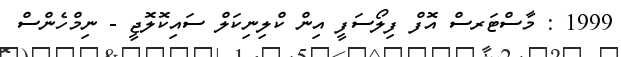
1999 : މާސްޓަރސް އޮފް ފިލޯސަފީ އިން ކްލިނިކަލް ސައިކޮލޮޖީ - ނިމްހެންސް